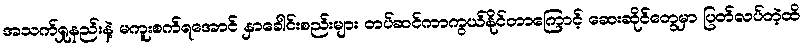
အသက်ရှုနည်းနဲ့ မကူးစက်ရအောင် နှာခေါင်းစည်းများ တပ်ဆင်ကာကွယ်နိုင်တာကြောင့် ဆေးဆိုင်တွေမှာ ပြတ်လပ်တဲ့ထိ